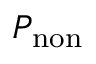
P _ { \mathrm { n o n } }